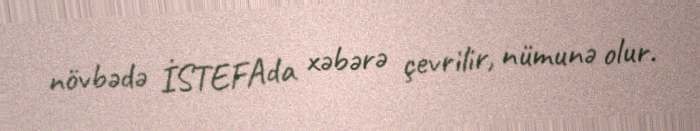
növbədə İSTEFAda xəbərə çevrilir, nümunə olur.